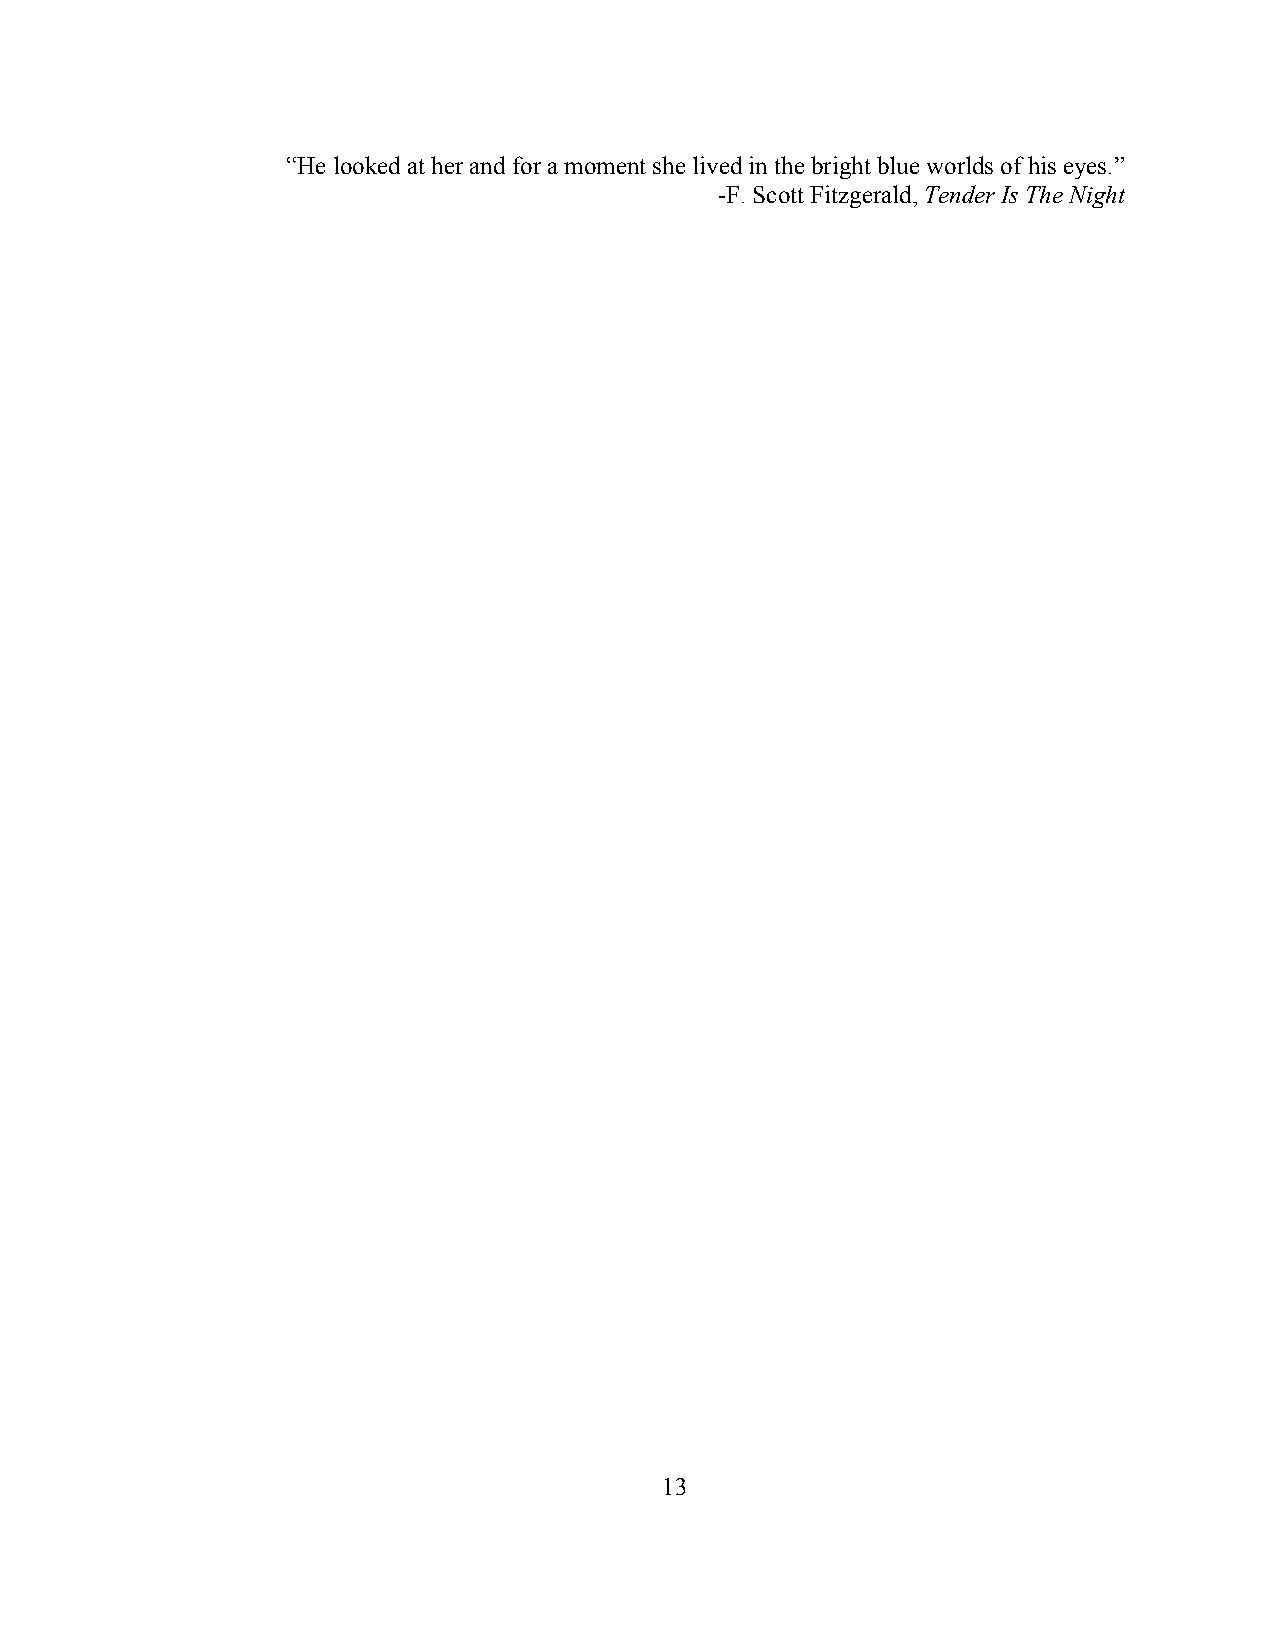
“He looked at her and for a moment she lived in the bright blue worlds of his eyes.”
 -F. Scott Fitzgerald, Tender Is The Night
 13